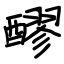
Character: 醪